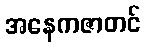
အနေကဇာတင်